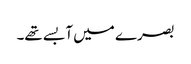
بصرے میں آبسے تھے۔